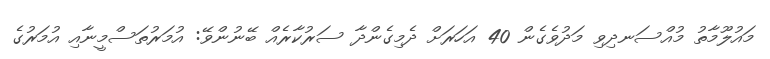
މައުލޫމާތު މުއްސަނދިވި މަދުވެގެން 40 އަހަރަށް ދެމިގެންދާ ސަރުކާރެއް ބޭނުންވޭ: އުމަރުތަސްމީނާއި އުމަރުގެ